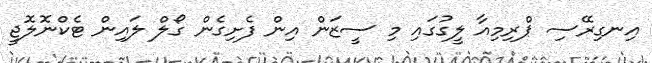
އިނގިރޭސި ޕްރިމިއާ ލީގުގައި މި ސީޒަން އިން ފެށިގެން ގޯލް ލައިން ޓެކްނޮލޮޖީ